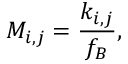
M _ { i , j } = \frac { k _ { i , j } } { f _ { B } } ,